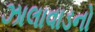
ઝાલાવાડનો